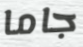
جاما